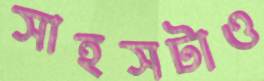
সাহসটাও